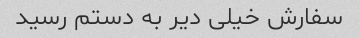
سفارش خیلی دیر به دستم رسید